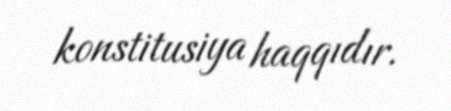
konstitusiya haqqıdır.